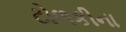
ટોળકીના